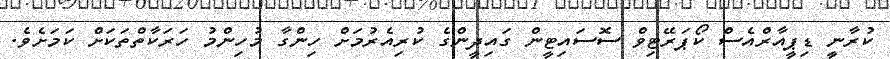
ކުރާނީ ޑިޕީއާރްއެސް ކޯޕަރޭޓިވް ސޮސައިޓީން ގައިދީންގެ ކުރިއެރުމަށް ހިންގާ މުހިންމު ހަރަކާތްތަކަށް ކަމަށެވެ.